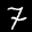
Label: 7